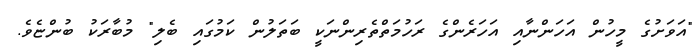
"އަވަށުގެ މީހުން އަހަންނާއި އަހަރެންގެ ރަހުމަތްތެރިންނަކީ ބަތަލުން ކަމުގައި ބެލި" މުބާރަކު ބުންޏެވެ.